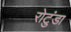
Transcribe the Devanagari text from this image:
रोटुंडा